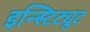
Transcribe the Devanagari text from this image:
इन्स्टिट्यूट